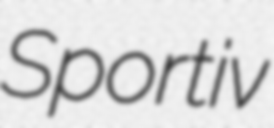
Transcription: Sportiv